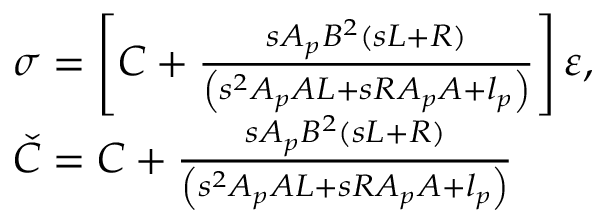
\begin{array} { r l } & { \sigma = \left[ C + \frac { s A _ { p } B ^ { 2 } \left( s L + R \right) } { \left( s ^ { 2 } A _ { p } A L + s R A _ { p } A + l _ { p } \right) } \right] \varepsilon , } \\ & { \check { C } = C + \frac { s A _ { p } B ^ { 2 } \left( s L + R \right) } { \left( s ^ { 2 } A _ { p } A L + s R A _ { p } A + l _ { p } \right) } } \end{array}